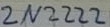
Text: 2N2222